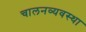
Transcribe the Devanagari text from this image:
चालनव्यवस्था